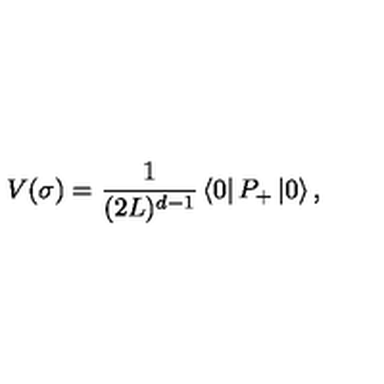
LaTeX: V ( \sigma ) = { \frac { 1 } { ( 2 L ) ^ { d - 1 } } } \left\langle 0 \right\vert P _ { + } \left\vert 0 \right\rangle ,